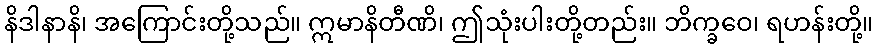
နိဒါနာနိ၊ အကြောင်းတို့သည်။ ဣမာနိတီဏိ၊ ဤသုံးပါးတို့တည်း။ ဘိက္ခဝေ၊ ရဟန်းတို့။